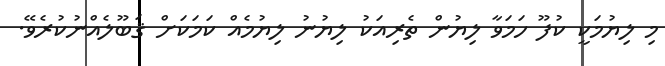
މި ލިޔުމަކީ ކުފޫ ހަމަވާ ލިޔުން ތެރިއަކު ލިޔުނު ލިޔުމެއް ކަމަކަށް ޤަބޫލެއްނުކުރެވޭ.